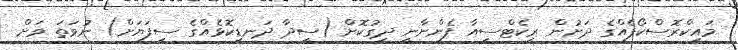
މައިކްރޮސްކޯޕެއްގެ ދަށުން ރިކެޓްސިއާ ފެންނާނީ ދިގުކޮށް (ސީދާ ދަނޑިކޮޅެއްގެ ސިފަޔަށް) ނުވަތަ ވަށް